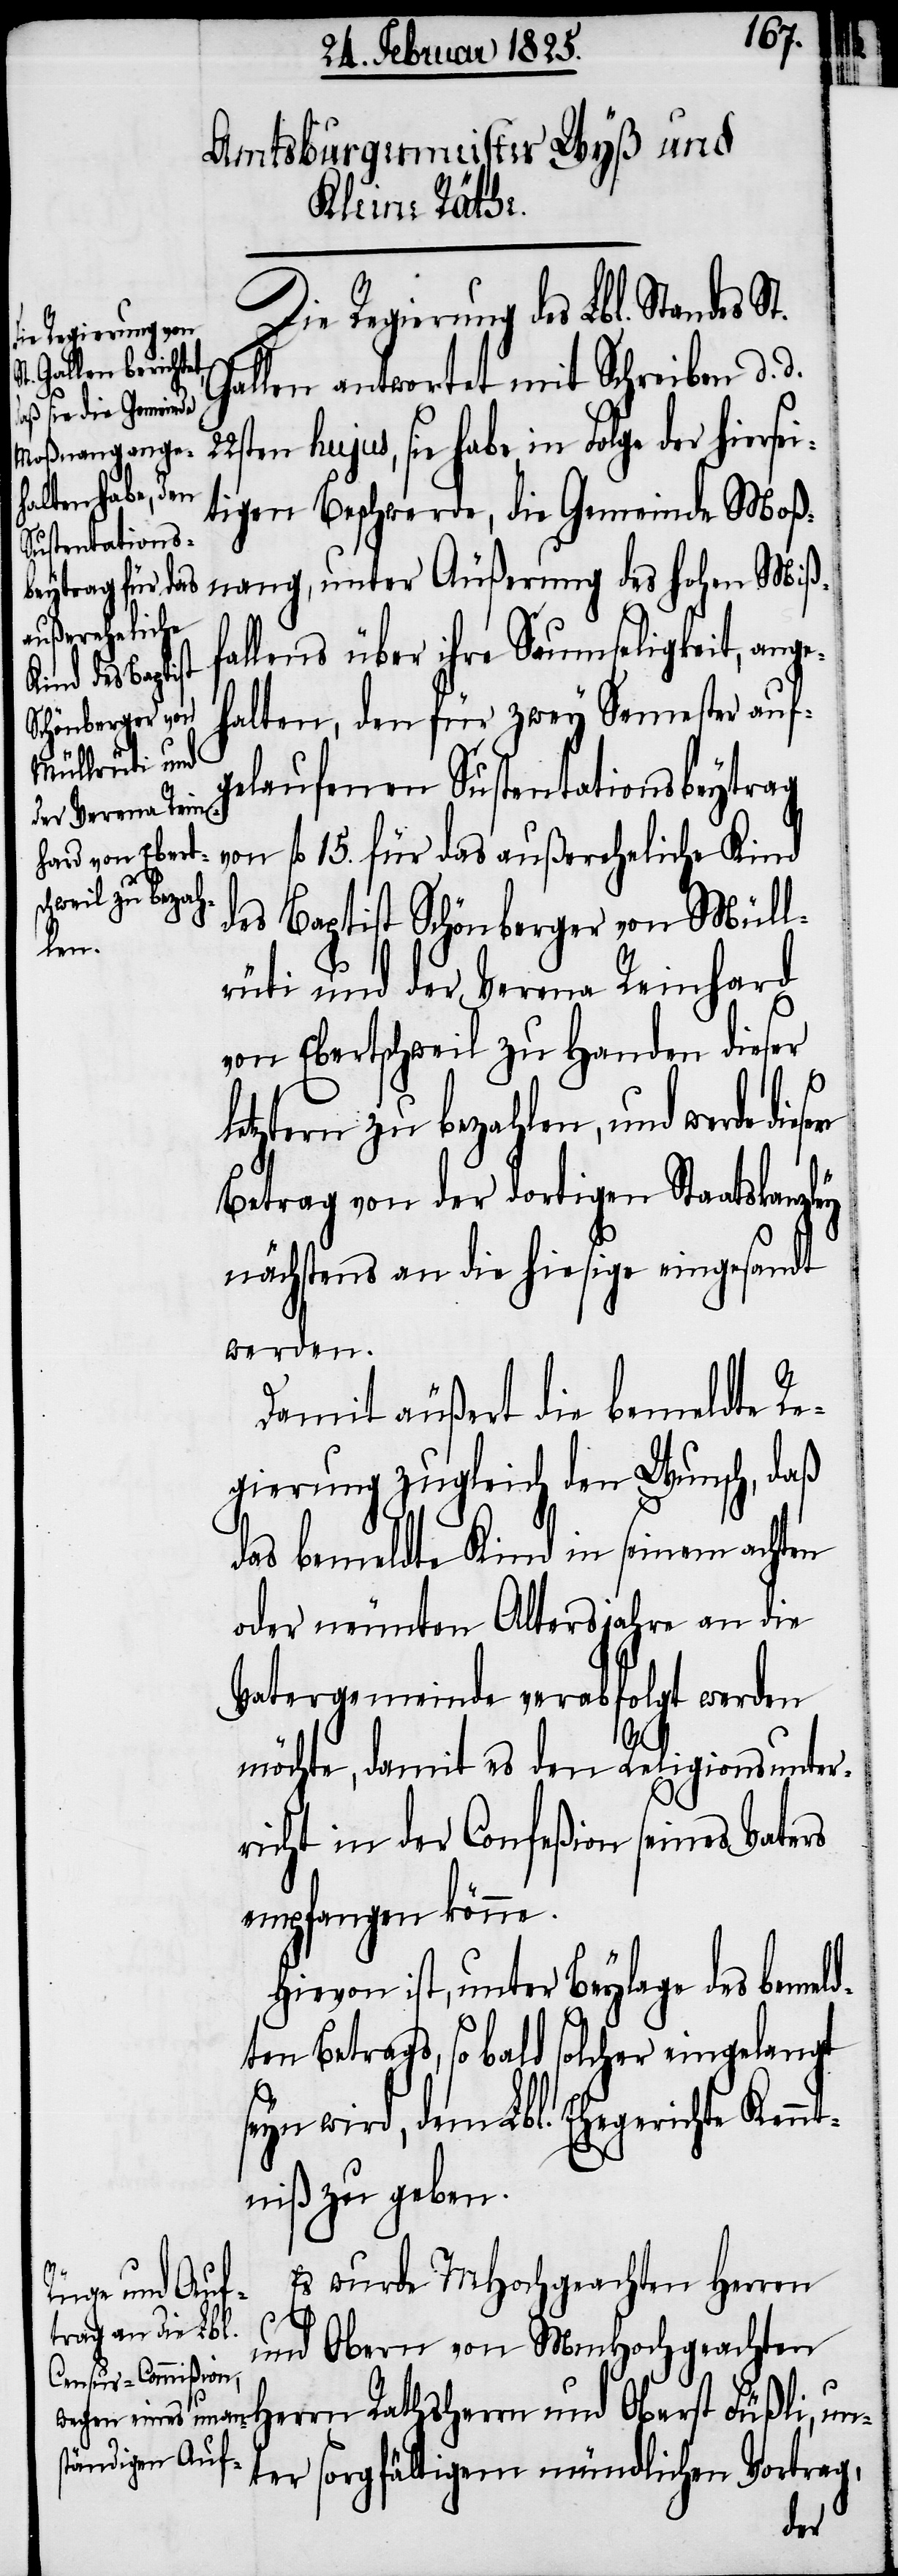
22s¬

Die Regierung des Lbl. Standes
Gallen antwortet mit Schreiben d. d.
ten hujus, sie habe, in Folge der hiersei¬
tigen Beschwerde, die Gemeinde Moß¬
nang, unter Äußerung des hohen Miß¬
fallens über ihre Saumseligkeit, ange¬
halten, den für zwey Semester auf¬
gelaufenen Sustentationsbeytrag
von fl 15. für das außereheliche Kind
des Baptist Schönberger von Müll¬
rüti und der Verena Reinhard
von Ebertschweil zu Handen dieser
letztern zu bezahlen, und werde
Betrag von der dortigen Staatskanzley
nächstens an die hiesige eingesandt
werden.
Damit äußert die bemeldte Re¬
gierung zugleich den Wunsch, daß
das bemeldte Kind in seinem achten
oder neunten Altersjahre an die
Vatergemeinde verabfolgt werden
möchte, damit es den Religionsunter¬
richt in der Confeßion seines Vaters
empfangen könne.
Hievon ist, unter Beylage des bemeld¬
ten Betrags, so bald solcher eingelangt
seyn wird, dem Lbl. Ehegerichte Kennt¬
niß zu geben.
Es wurde MHochgeachten Herren
und Obern von MHochgeachten
Herrn Rathsherrn und Oberst Füßli, un¬
ter sorgfältigem mündlichen Vortrag,